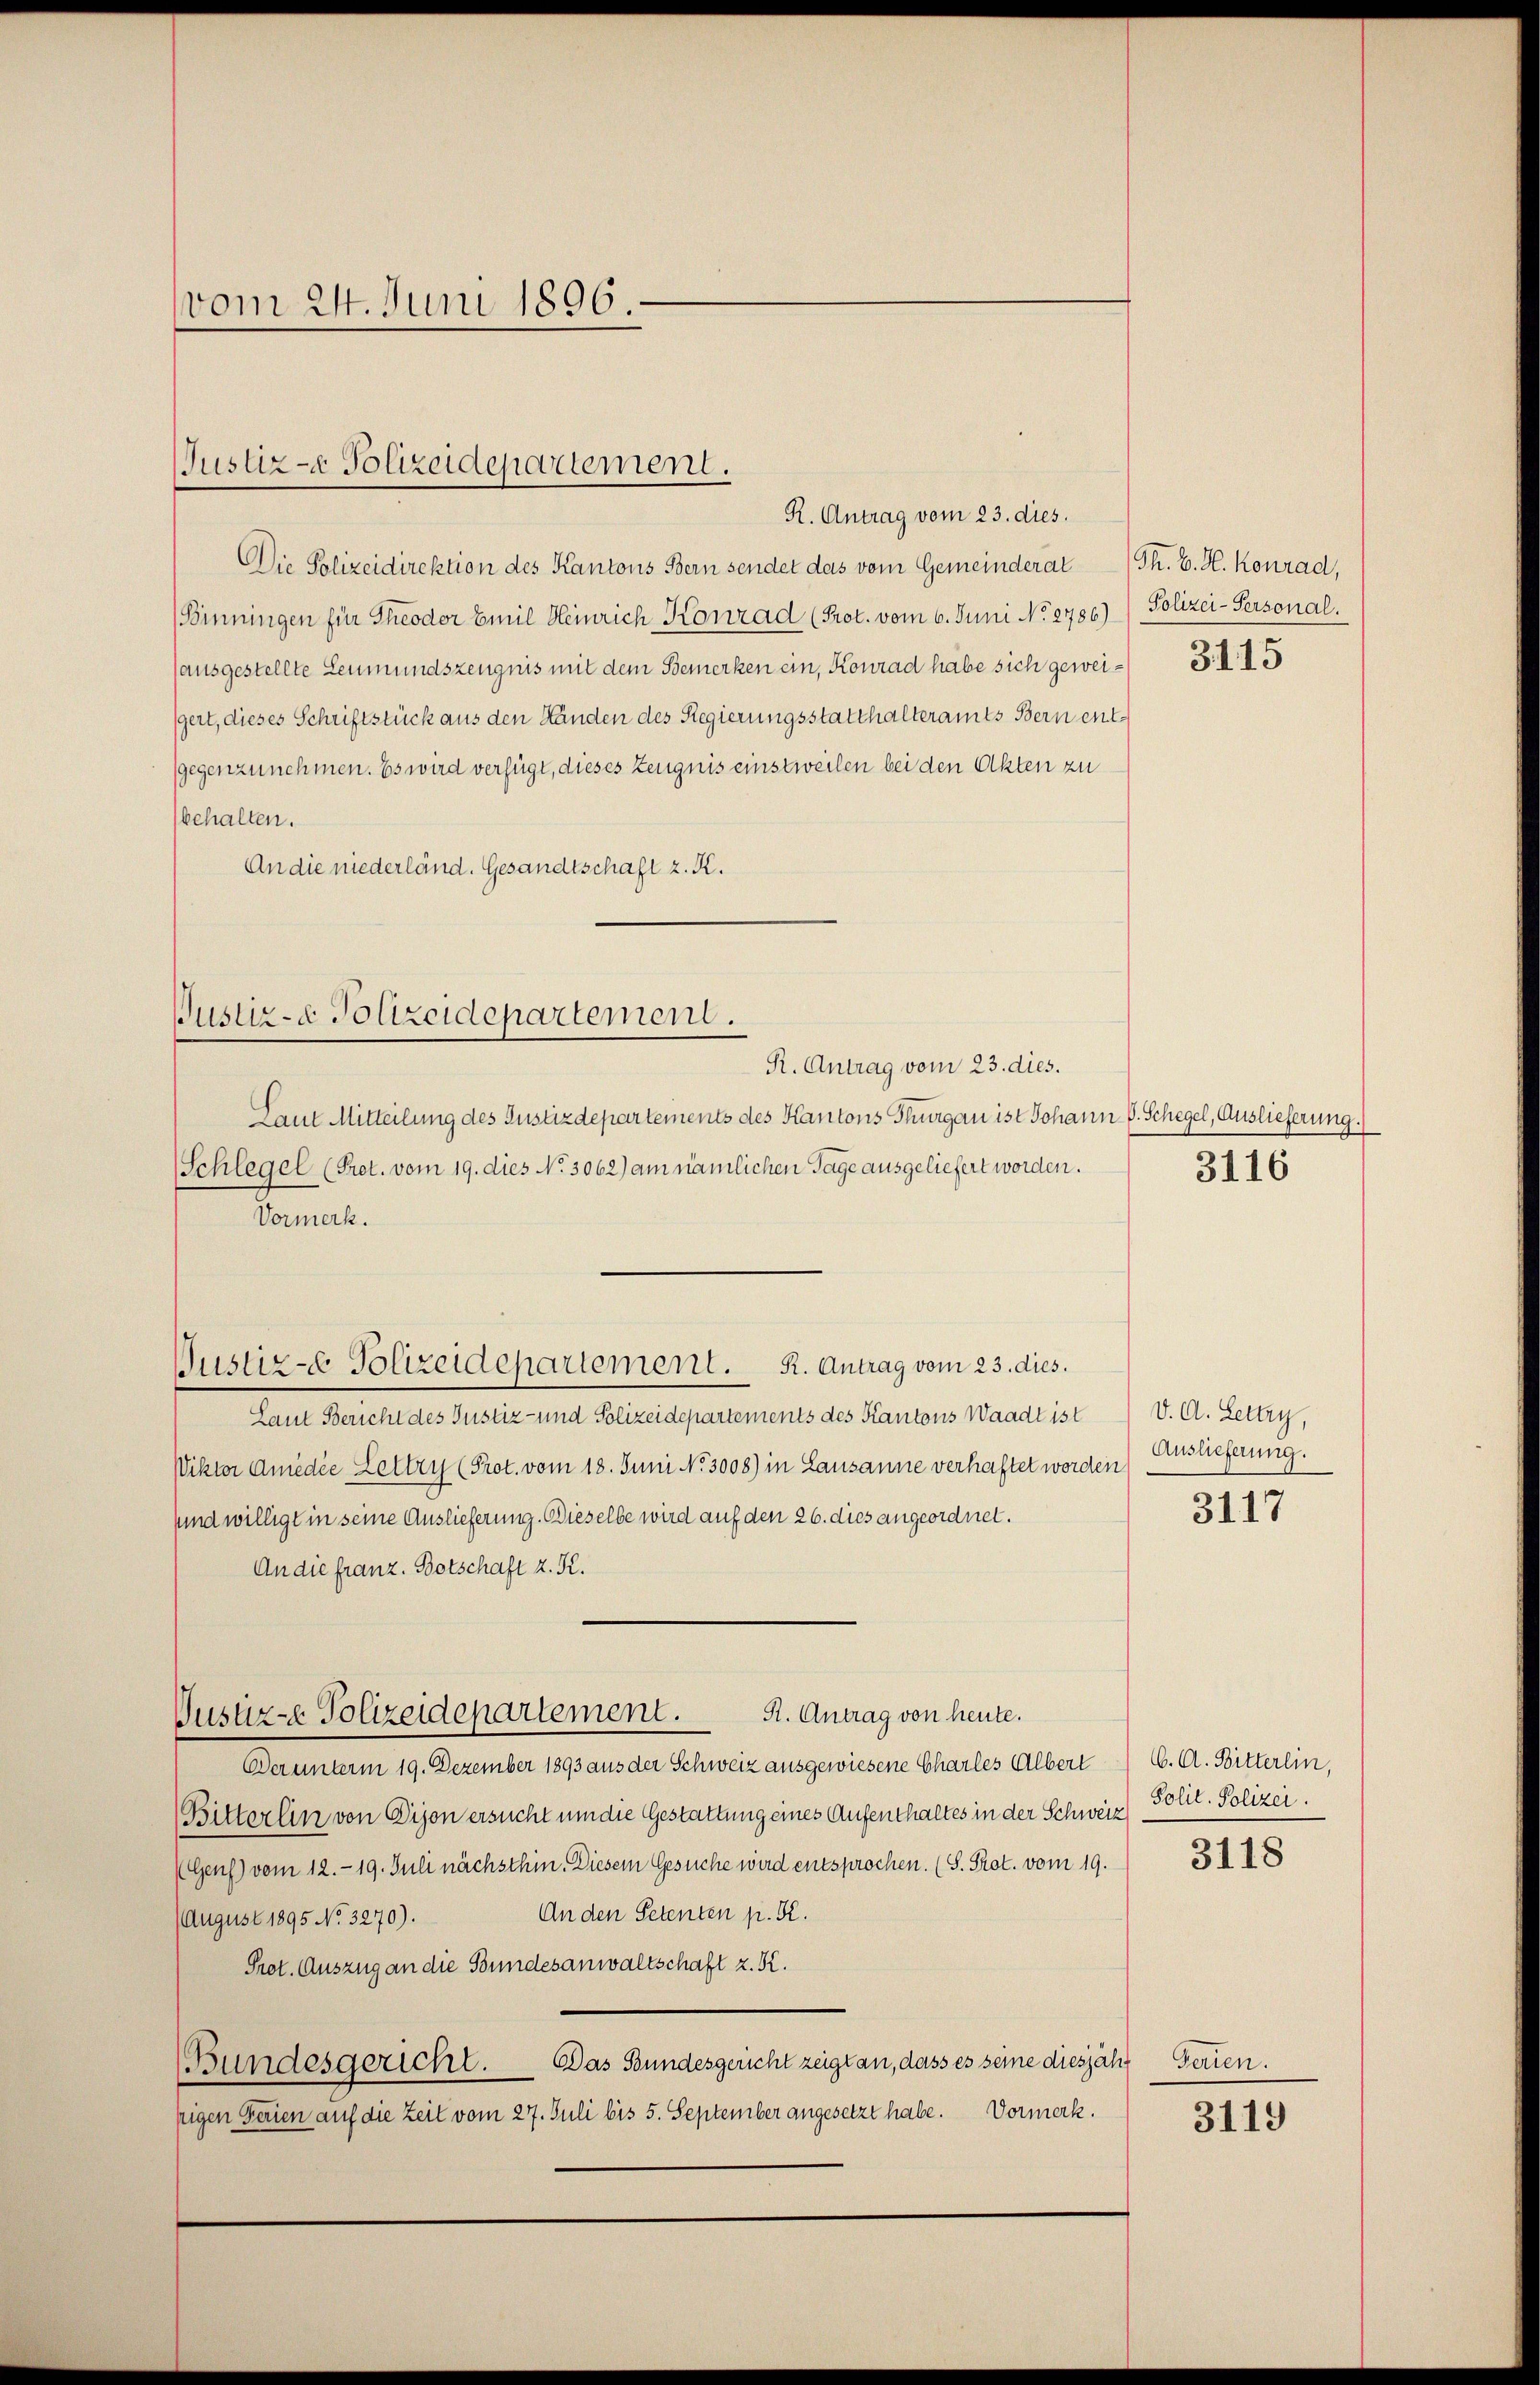
vom 24. Juni 1896.

Justiz - Polizeidepartement.

Die Polizeidirektion des Kantons Bern sendet das vom Gemeinderat (Th. E. H. Konrad,
Binningen für Theodor Emil Heinrich Konrad (Prot. vom 6. Juni No 8786)) Polizei-Personal.
(ausgestellte Leumundszeugnis mit dem Bemerken ein, Konrad habe sich geweigert, dieses Schriftstück aus den Händen des Regierungsstatthalteramts Bern entgegenzunehmen. Es wird verfügt, dieses Zeugnis einstweilen bei den Akten zu
behalten.
An die niederländ. Gesandtschaft z. K.

Justiz- & Polizeidepartement.
R. Antrag vom 23. dies.

Laut Mitteilung des Justizdepartements des Kantons Thurgau ist Johann P. Schegel, Auslieferung.)
(Schlegel (Pret. vom 19. dies No. 3062) am nämlichen Tage ausgeliefert worden.
Vormerk.
Justiz-e Polizeidepartement. R. Antrag vom 23. dies.
Laut Bericht des Justiz- und Polizeidepartements des Kantons Waadt ist
Viktor Amedie Lettry (Prot. vom 18. Juni No. 3008) in Lausanne verhaftet worden) Auslieferung.
sund willigt in seine Auslieferung. Dieselbe wird auf den 26. dies angeordnet.
An die franz. Botschaft z. K.
R. Antrag von heute.
Justiz- Polizeidepartement.
Der unterm 19. Dezember 1893 aus der Schweiz ausgewiesene Charles Albert
Bitterlin von Dijon ersucht um die Gestattung eines Aufenthaltes in der Schweiz) Solit. Polizei.
(Genf) vom 12. 19. Juli nächsthin. Diesem Gesuche wird entsprochen. (S. Prot. vom 19.
An den Petenten p. K.
(August 1895 No 3270).
Prot. Auszug an die Bundesanwaltschaft z. K.
Bundesgericht. Das Bundesgericht zeigt an, dass es seine diesjähzigen Ferien auf die Zeit vom 27. Juli bis 5. September angesetzt habe. Vormerk.

R. Antrag vom 23. dies.

3115

3116

V. A. Lettry,

3117

C. A. Bitterlin,

3118

Ferien.

3119